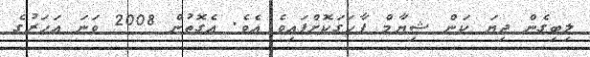
ލިބިގެން ދިޔަ ކަން ޝިޔާމް ފާހަގަކޮށްފައިވެ އެވެ. އެގޮތުން 2008 ވަނަ އަހަރުގެ